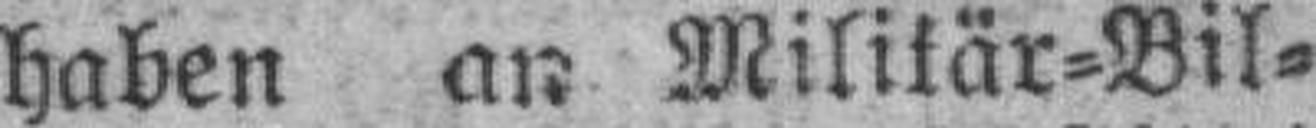
haben an Militär=Bil¬